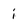
Character: i